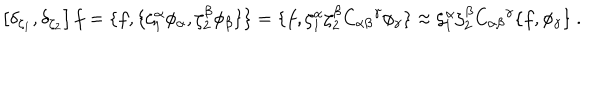
\left[ \delta _ { \zeta _ { 1 } } , \delta _ { \zeta _ { 2 } } \right] f = \{ f , \{ \zeta _ { 1 } ^ { \alpha } \phi _ { \alpha } , \zeta _ { 2 } ^ { \beta } \phi _ { \beta } \} \} = \{ f , \zeta _ { 1 } ^ { \alpha } \zeta _ { 2 } ^ { \beta } { C _ { \alpha \beta } } ^ { \gamma } \phi _ { \gamma } \} \approx \zeta _ { 1 } ^ { \alpha } \zeta _ { 2 } ^ { \beta } { C _ { \alpha \beta } } ^ { \gamma } \{ f , \phi _ { \gamma } \} \ .